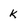
Character: K